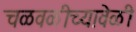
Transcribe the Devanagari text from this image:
चळवळीच्यावेळी